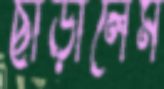
ছাড়ালেম